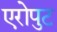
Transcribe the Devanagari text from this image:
एरोपुट